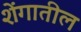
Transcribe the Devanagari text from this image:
शेंगातील